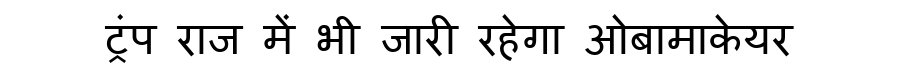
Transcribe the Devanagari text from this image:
ट्रंप राज में भी जारी रहेगा ओबामाकेयर